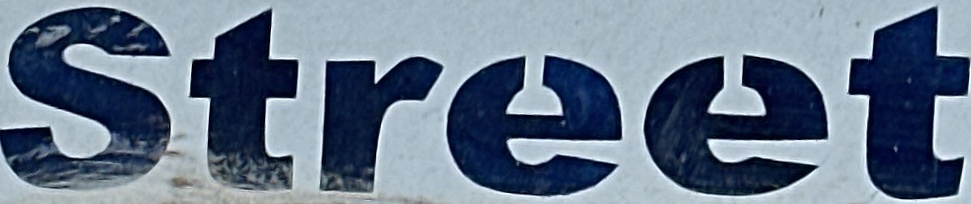
Street